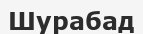
Шурабад